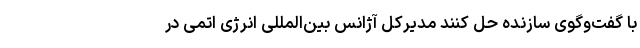
با گفت‌وگوی سازنده حل کنند مدیرکل آژانس بین‌المللی انرژی اتمی در